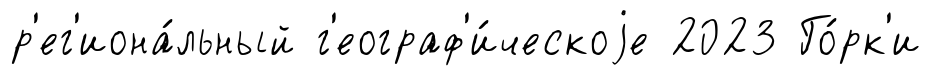
р'ег'иона́льный г'еограф'и́ческоjе 2023 Го́рк'и